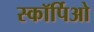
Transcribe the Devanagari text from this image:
स्कॉर्पिओ